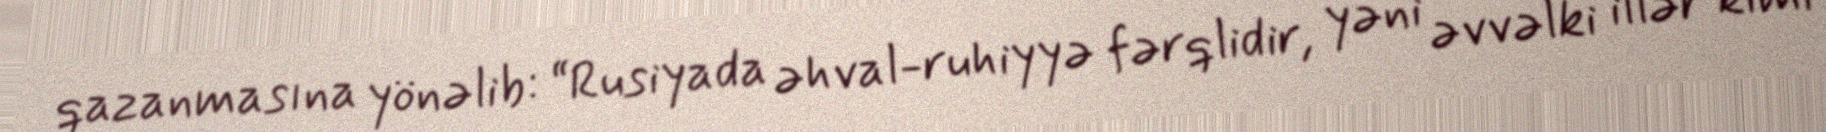
qazanmasına yönəlib: “Rusiyada əhval-ruhiyyə fərqlidir, yəni əvvəlki illər kimi